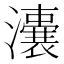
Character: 𤃈